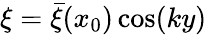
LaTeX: \xi=\bar{\xi}(x_{0})\cos(ky)